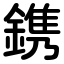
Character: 鎸